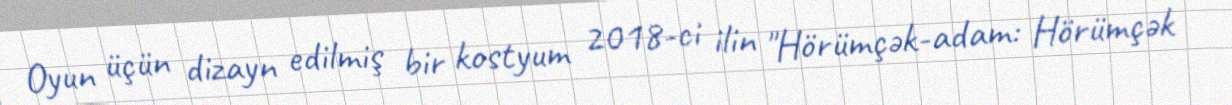
Oyun üçün dizayn edilmiş bir kostyum 2018-ci ilin "Hörümçək-adam: Hörümçək